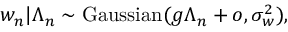
w _ { n } | \Lambda _ { n } \sim \mathrm { G a u s s i a n } ( g \Lambda _ { n } + o , \sigma _ { w } ^ { 2 } ) ,